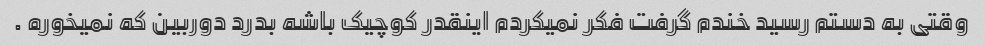
وقتی به دستم رسید خندم گرفت فکر نمیکردم اینقدر کوچیک باشه بدرد دوربین که نمیخوره .